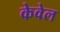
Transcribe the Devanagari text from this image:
केवेल